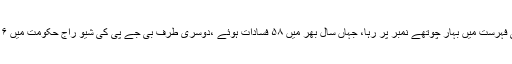
وہیں فسادات کی فہرست میں بہار چوتھے نمبر پر رہا، جہاں سال بھر میں ۵۸ فسادات ہوئے ،دوسری طرف بی جے پی کی شیو راج حکومت میں ۰۶ فسادات ہوئے۔